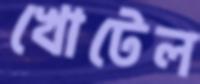
খোটেল